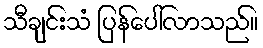
သီချင်းသံ ပြန်ပေါ်လာသည်။